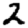
Digit: 2